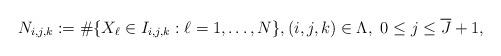
LaTeX: \begin{align*}N_{i,j,k} &:= \#\{X_\ell \in I_{i,j,k}: \ell =1, \ldots, N\}, (i,j,k) \in \Lambda, \ 0\leq j\leq \overline J+1,\end{align*}